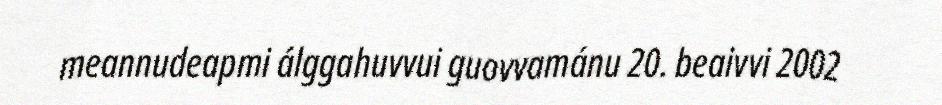
meannudeapmi álggahuvvui guovvamánu 20. beaivvi 2002